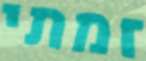
זמתי